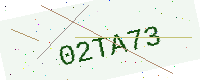
Text: 02TA73